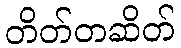
တိတ်တဆိတ်